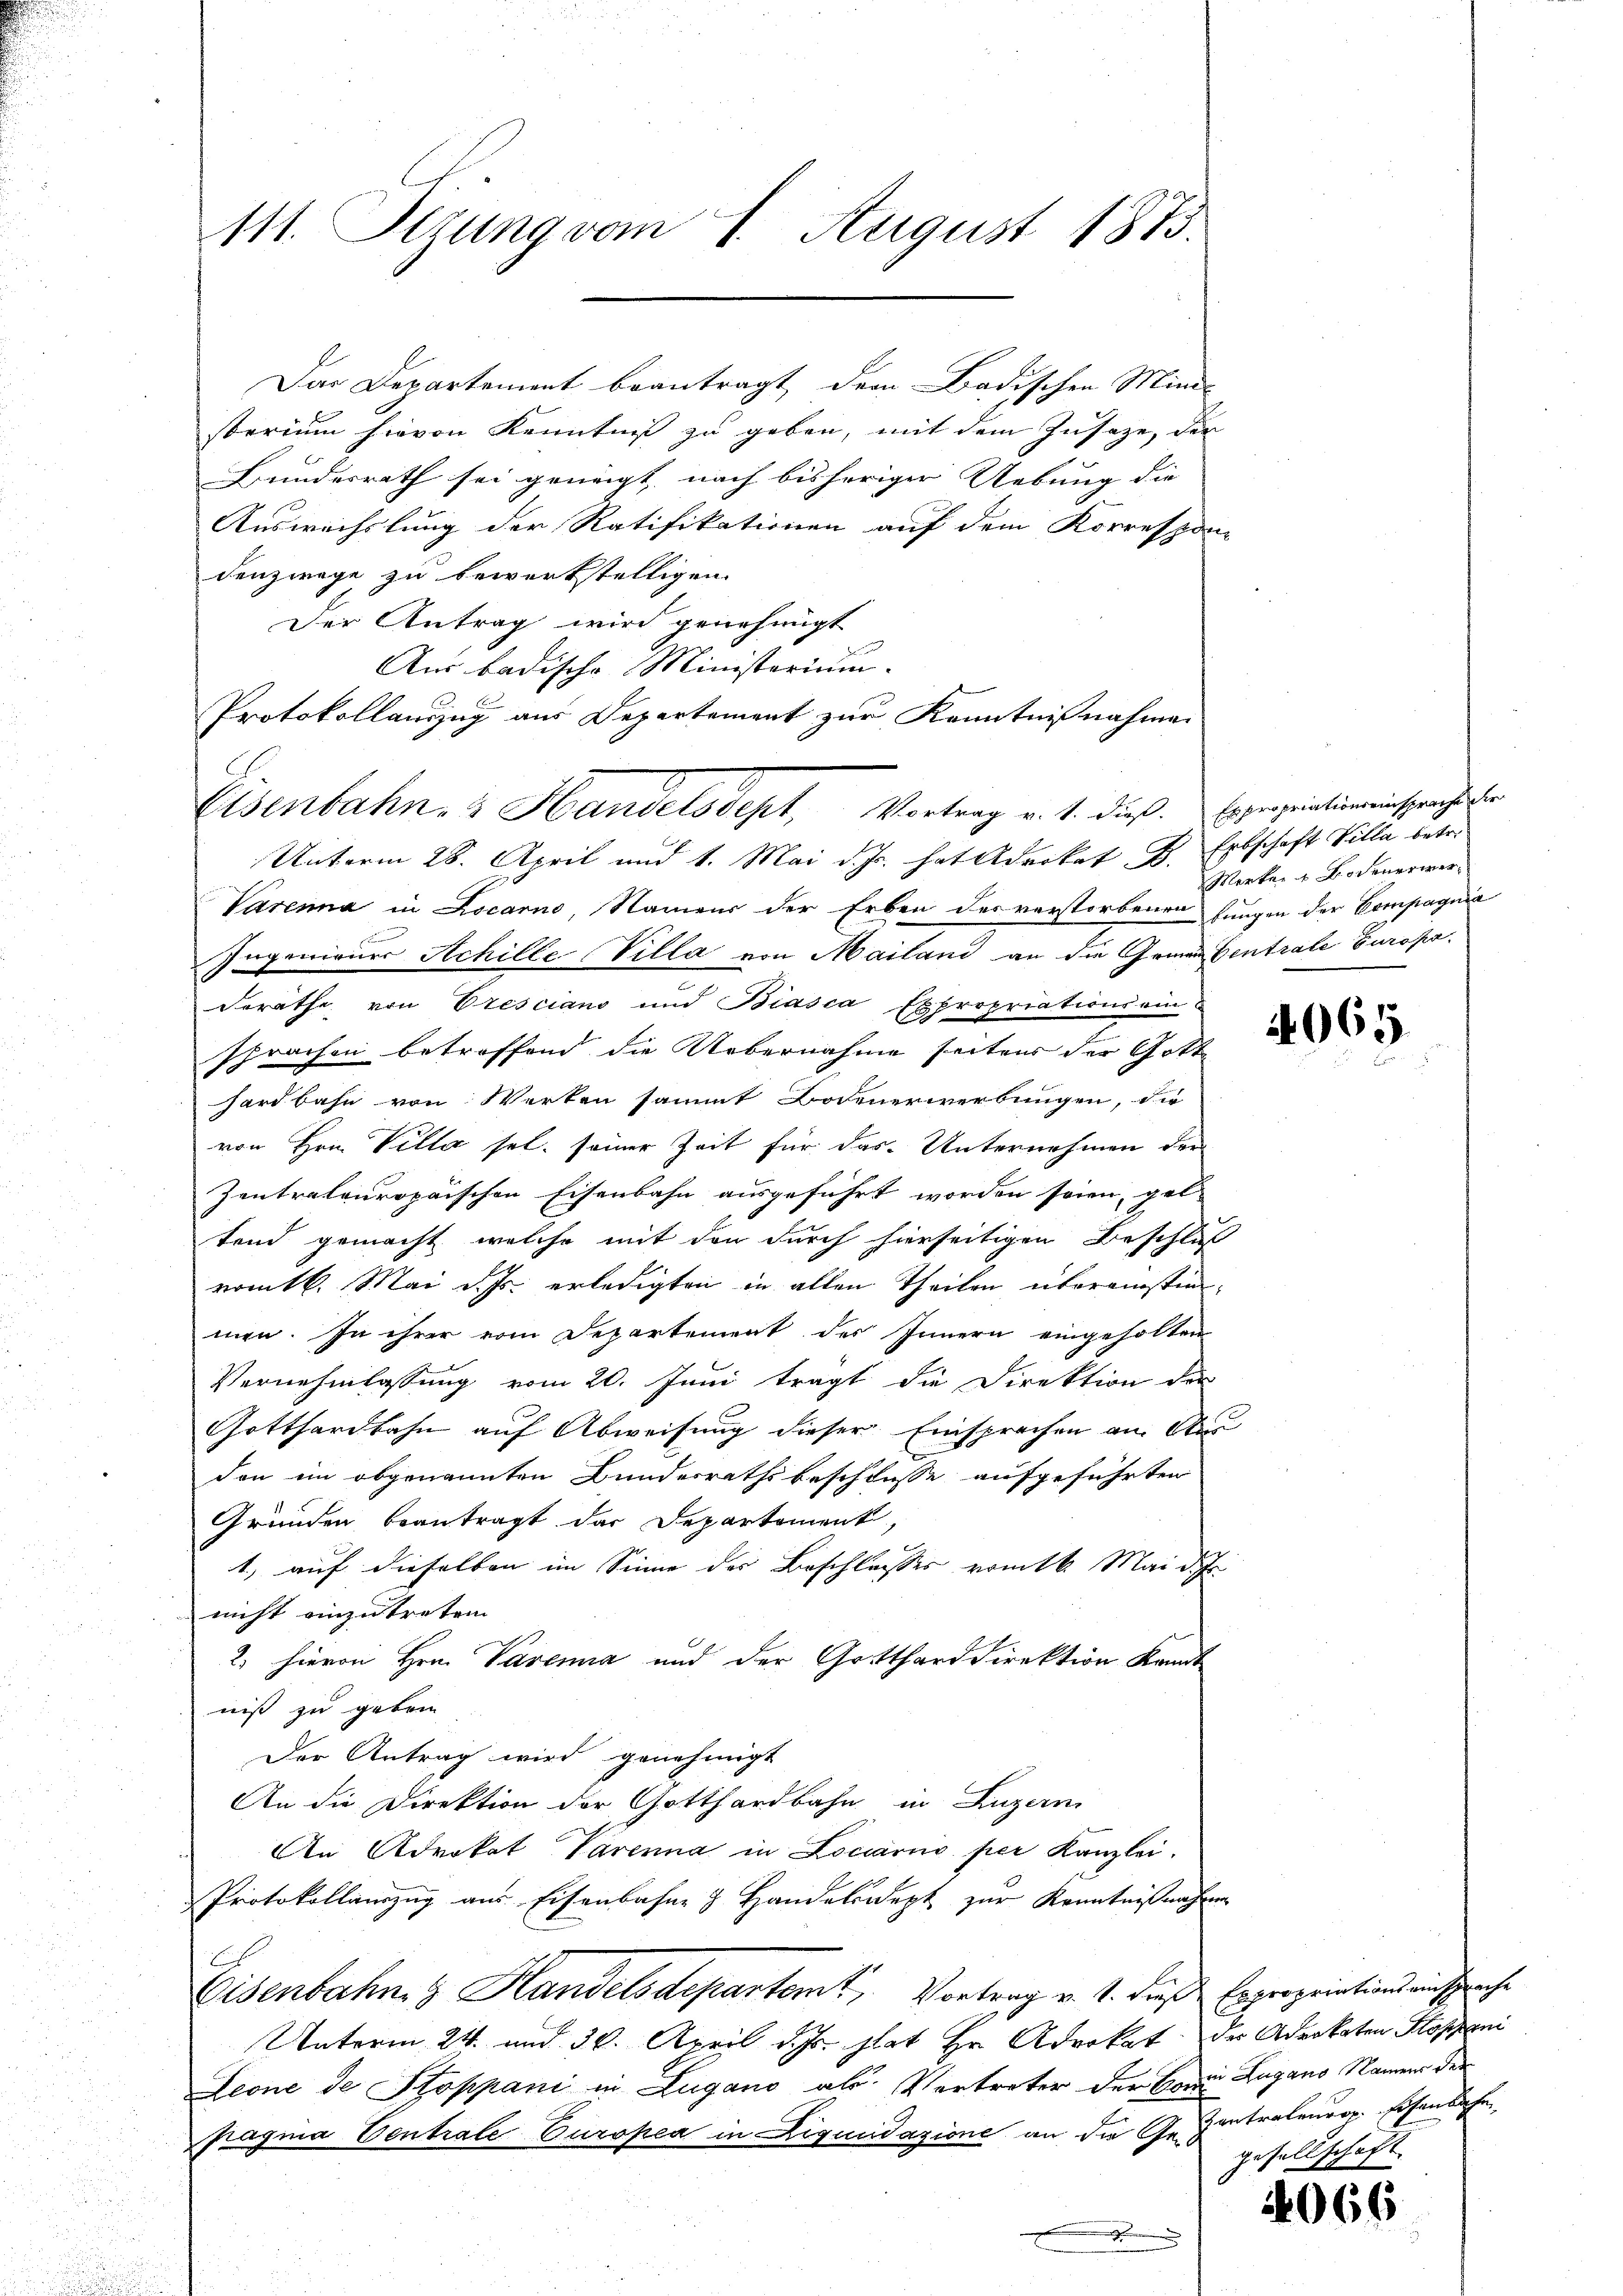
111. Ottung vom 1. August 1873.

Das Departement beantragt dem Badischen Mini-
storium hievon Kenntniß zu geben, mit dem Zusaze, der
Bundesrath sei geneigt, nach bisheriger Uebung die
Auswechslung der Ratifikationen auf dem Korrespon-
denzwege zu bewerkstelligen.
Der Antrag wird genehmigt
Unterm 28. April und 1. Mai d. Js. hat Advokat, B. Erbschaft Villa betr.
Varena in Locarno, Namens der Erben des verstorbenen Jungen der Compagnia
p
Ingenieurs Achille Villa von Mailand an die Grenzentrale Europa
derathe von Eresciano und Biasca Expropriations ein-
sprachen betroffend die Uebernahme seitens der Gotthardbahn von Werken sammt Botenerwerbungen, die
von Hrn. Villa sel. seiner Zeit für das Unternehmen der
Zentrateuropaischen Eisenbahn ausgeführt worden seien, gel-
tend gemacht, welche mit den durch hierseitigen Beschluß
romtl. Mai d. Js. erledigten in allen Theilen übereinstimmen. In ihrer vom Departement des Innern eingeholten
Vernehmlassung vom 20. Juni tragt die Direktion der
Gotthardbahn auf Abweisung dieser Einsprachen an Aus
don im obgenannten Bundesrathsbeschlusse aufgeführten
Gründen beantragt das Departement
1., auf dieselben im Sinne der Beschlusses vom k. Mai der
nicht einzutreten
2. hievon Hrn. Parena und der Gottharddirektion Kant
niß zu geben
Der Antrag wird genehmigt
An die Direktion der Gotthardbahn in Luzern
An Advokat Parenna in Locarno per Kanzlei.
Protokollauszug aus Eisenbahne & Handelsdept zur Kenntnißnahmen
Eisenbahn & Handelsdepartamt Vortrag v. 1. dieß Expropriations einsprache
Unterm 24. und 30. April d. Js. hat Hr. Advokat, der Advokaten Koszeni
Leone de Stoppani in Lugano als Vertreter der Bovii Lugano Namen der
pragnia Ventrale Europea in Liquidazione an die Ge- Zentrateurop. hohen dahe
.

Aus badische Ministerium.
Protokollauszug aus Departement zur Kenntnißnahmen
Eisenbahn, 3 Handelsdept, Vortrag v. 1. dieß. Er propriationeninsprachteste

Merken u Kochenerwer¬

4065

gesellschaft.

4066